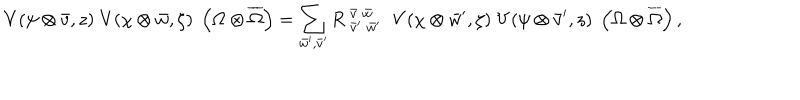
LaTeX: V ( \psi \otimes \bar { v } , z ) \; V ( \chi \otimes \bar { w } , \zeta ) \; \left( \Omega \otimes \overline { { { \Omega } } } \right) = \sum _ { \bar { w } ^ { \prime } , \bar { v } ^ { \prime } } { R \; } _ { \bar { v } ^ { \prime } \; \bar { w } ^ { \prime } } ^ { \bar { v } \; \bar { w } } \; \; V ( \chi \otimes \bar { w } ^ { \prime } , \zeta ) \; V ( \psi \otimes \bar { v } ^ { \prime } , z ) \; \left( \Omega \otimes \overline { { { \Omega } } } \right) ,